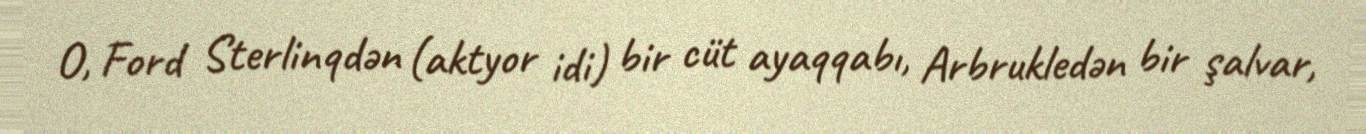
O, Ford Sterlinqdən (aktyor idi) bir cüt ayaqqabı, Arbrukledən bir şalvar,